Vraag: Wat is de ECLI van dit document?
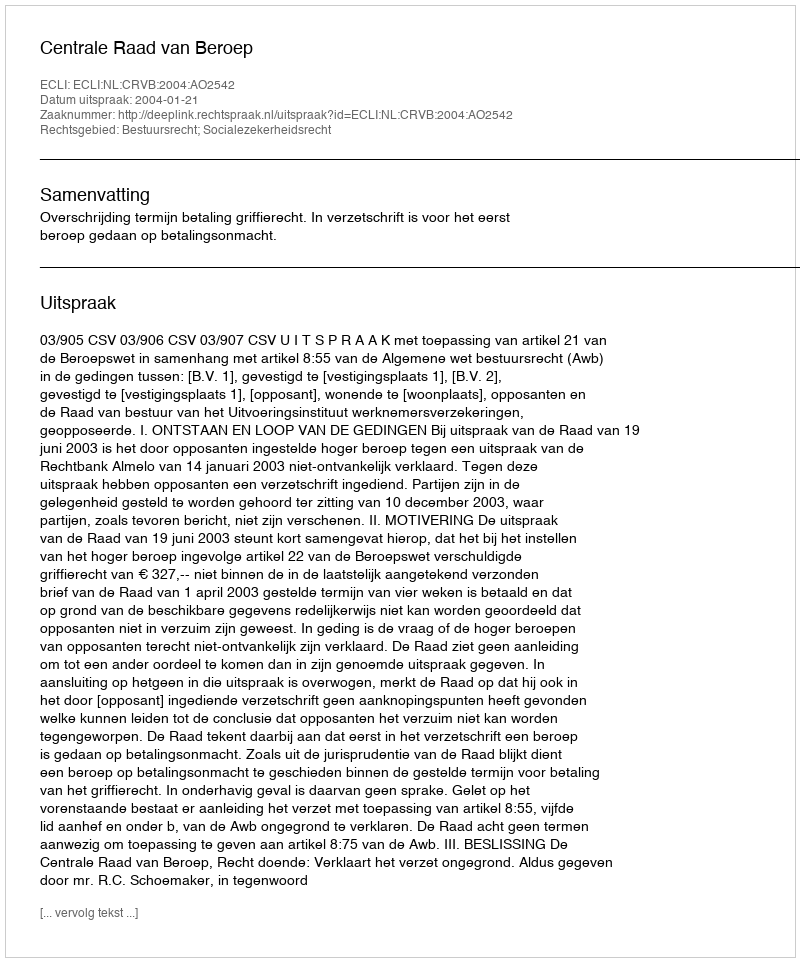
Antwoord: ECLI:NL:CRVB:2004:AO2542